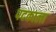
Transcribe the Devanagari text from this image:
पदकाला